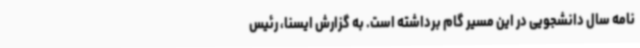
نامه سال دانشجویی در این مسیر گام برداشته است. به گزارش ایسنا، رئیس